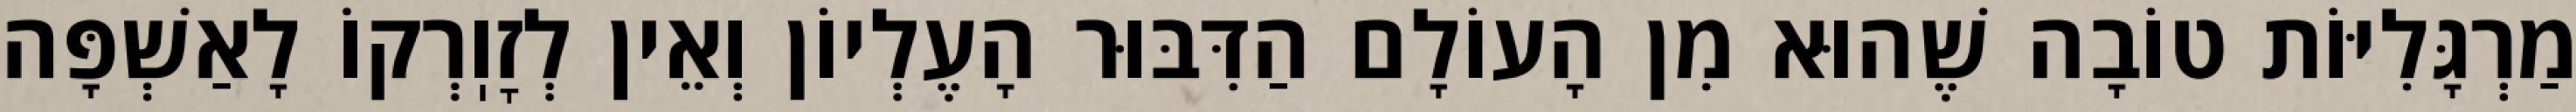
מַרְגָּלִיּוֹת טוֹבָה שֶׁהוּא מִן הָעוֹלָם הַדִּבּוּר הָעֶלְיוֹן וְאֵין לְזׇוֽרְקוֹ לָאַשְׁפָּה